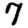
Digit: 7